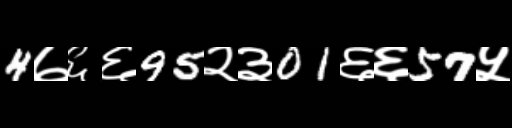
Text: 4७६६95२३01६६57५